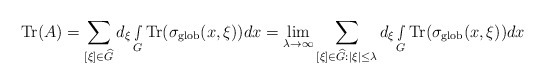
\begin{align*} \textnormal{Tr}(A)= \sum_{ [\xi]\in \widehat{G} }d_\xi\smallint\limits_G\textnormal{Tr}(\sigma_{\textnormal{glob}}(x,\xi))dx=\lim_{\lambda\rightarrow \infty} \sum_{ [\xi]\in \widehat{G}:|\xi|\leq \lambda }d_\xi\smallint\limits_G\textnormal{Tr}(\sigma_{\textnormal{glob}}(x,\xi))dx\end{align*}